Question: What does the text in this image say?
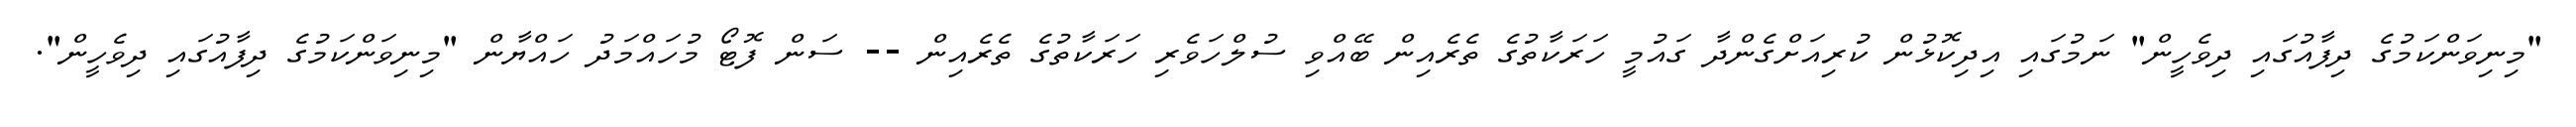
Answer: "މިނިވަންކަމުގެ ދިފާއުގައި ދިވެހީން" ނަމުގައި އިދިކޮޅުން ކުރިއަށްގެންދާ ގައުމީ ހަރަކާތުގެ ތެރެއިން ބޭއްވި ސުލްހަވެރި ހަރަކާތުގެ ތެރެއިން -- ސަން ފޮޓޯ މުހައްމަދު ހައްޔާން "މިނިވަންކަމުގެ ދިފާއުގައި ދިވެހީން".